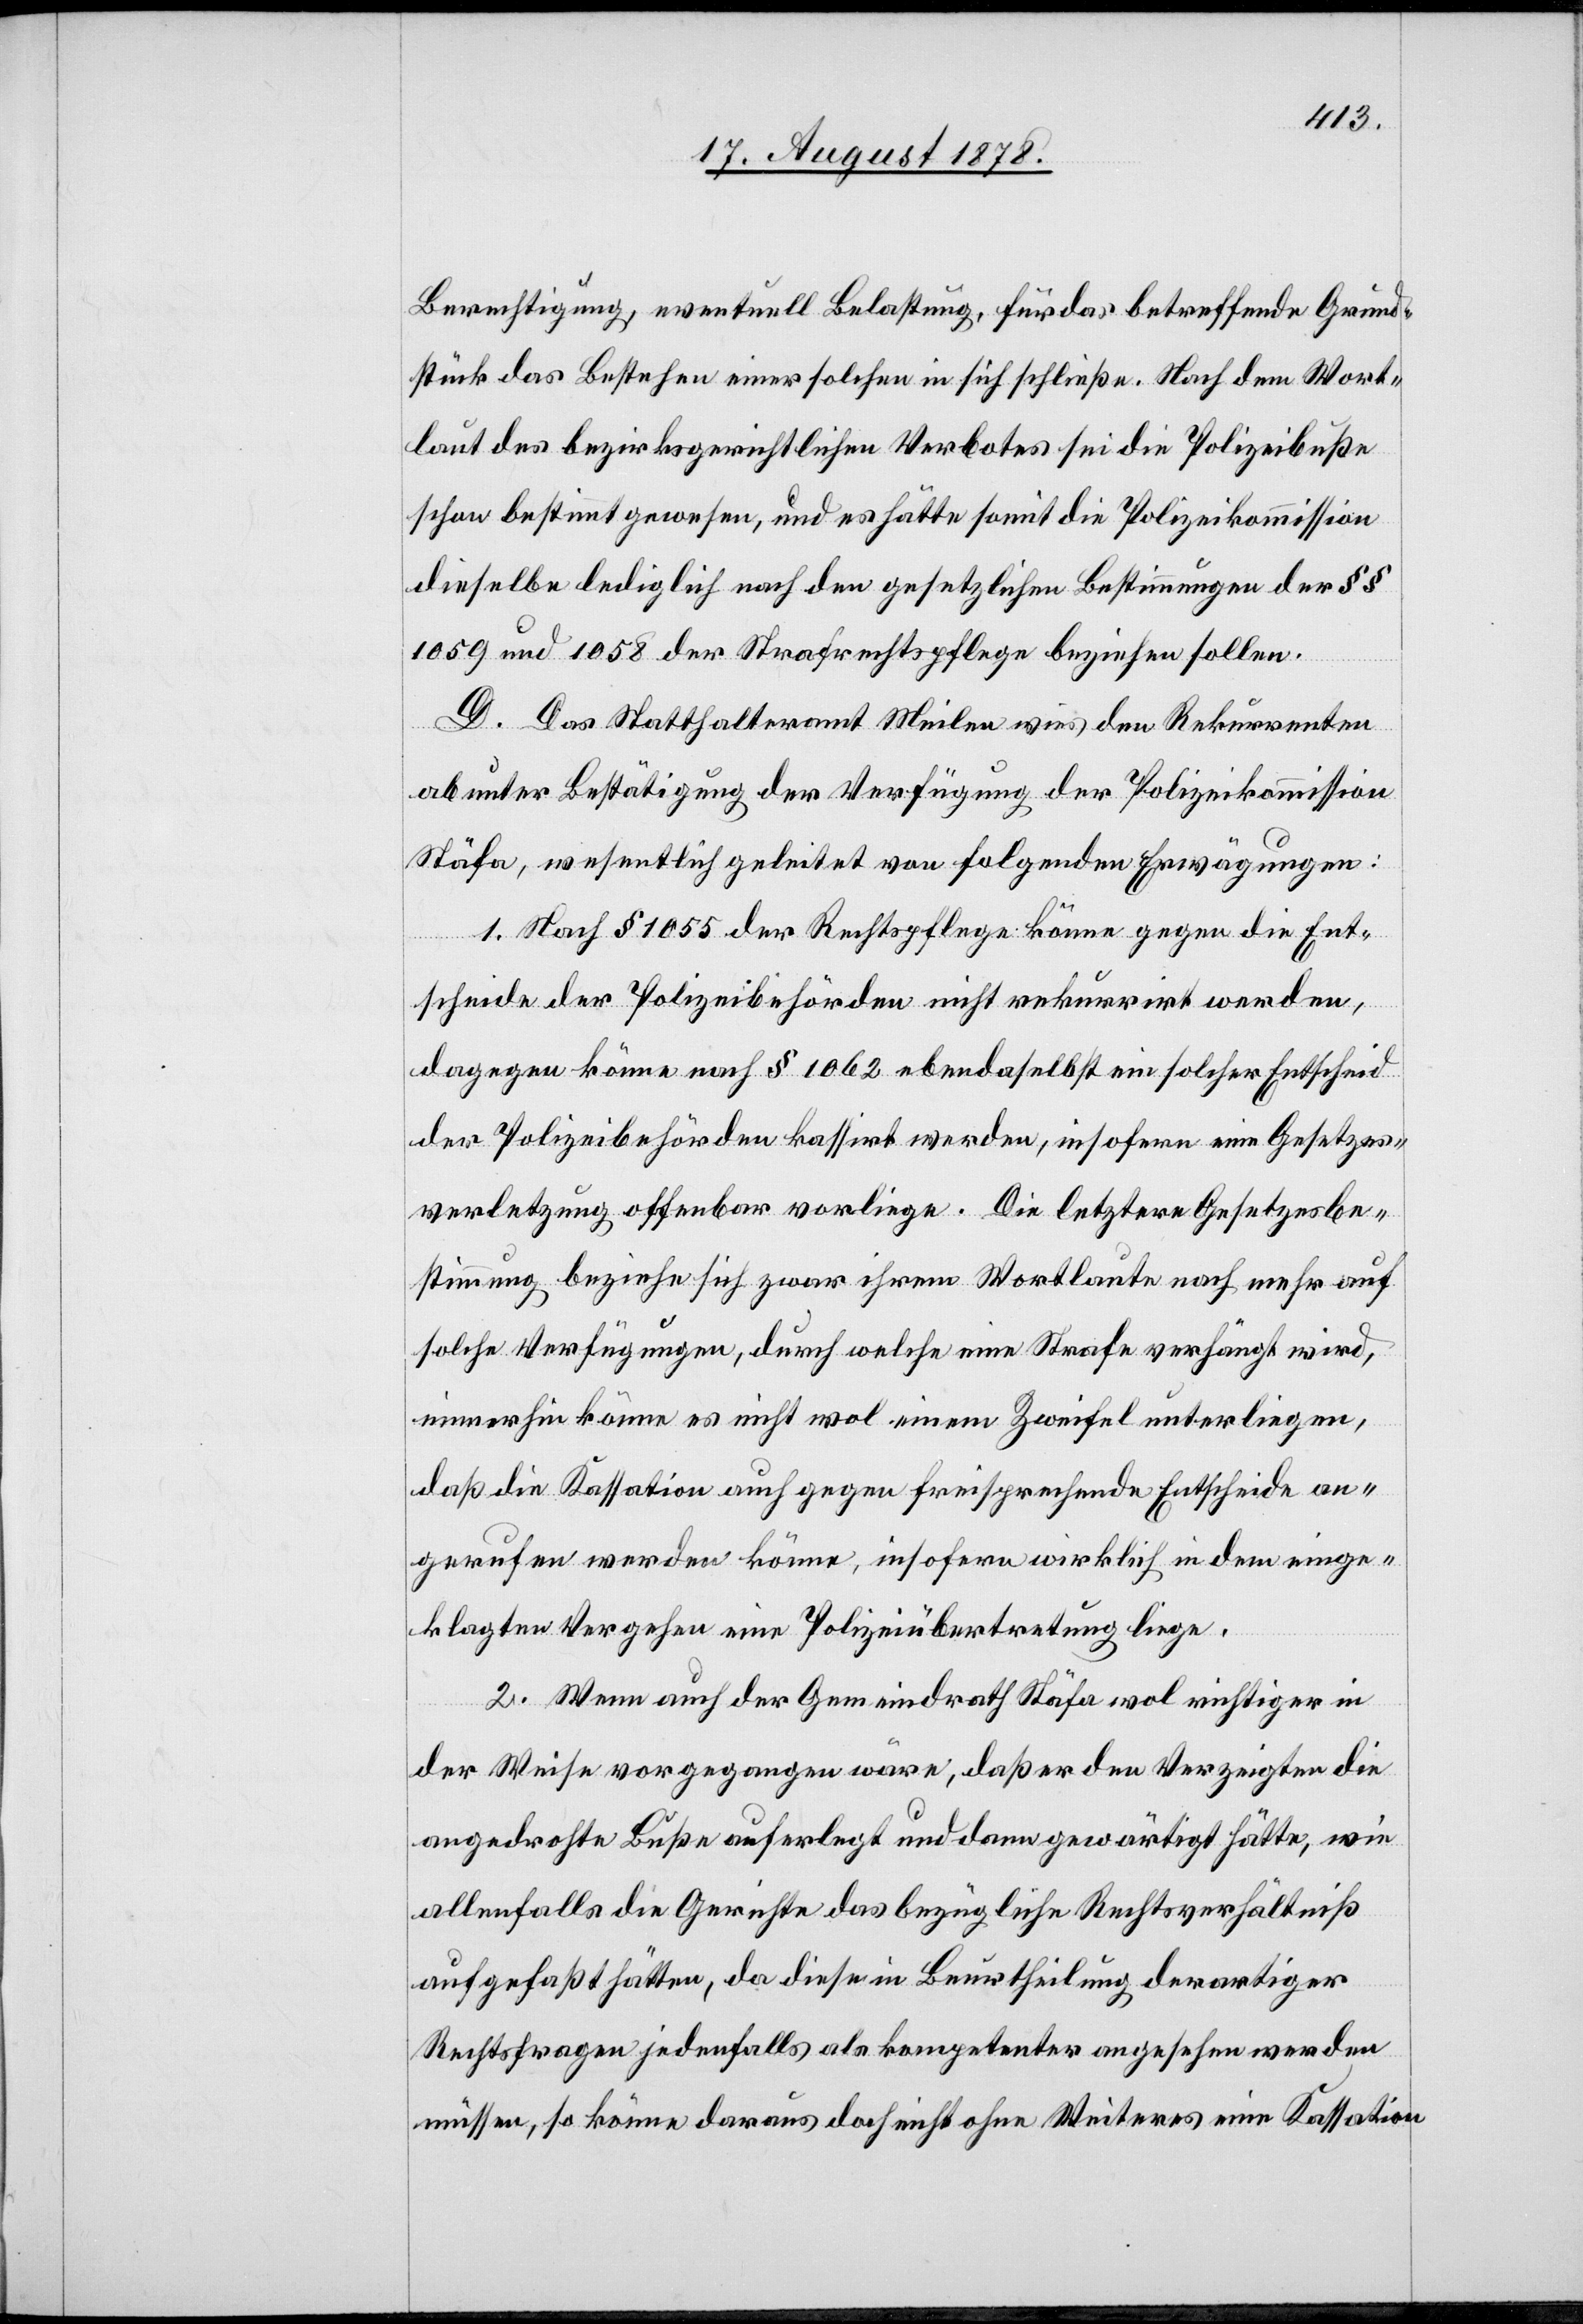
Berechtigung, eventuell Belastung, für das betreffende Grund¬
stück das Bestehen einer solchen in sich schließe. Nach dem Wort¬
laut des bezirksgerichtlichen Verbotes sei die Polizeibuße
schon bestimmt gewesen, und es hätte somit die Polizeikommission
dieselbe lediglich nach den gesetzlichen Bestimmungen der §§
1059 und 1058 der Strafrechtspflege beziehen sollen.
D. Das Statthalteramt Meilen wies den Rekurrenten
ab unter Bestätigung der Verfügung der Polizeikommission
Stäfa, wesentlich geleitet von folgenden Erwägungen:
1. Nach § 1055 der Rechtspflege könne gegen die Ent¬
scheide der Polizeibehörden nicht rekurrirt werden,
dagegen könne nach § 1062 ebendaselbst ein solcher Entscheid
der Polizeibehörden kassirt werden, insofern eine Gesetzes¬
verletzung offenbar vorliege. Die letztere Gesetzesbe¬
stimmung beziehe sich zwar ihrem Wortlaute nach mehr auf
solche Verfügungen, durch welche eine Strafe verhängt wird,
immerhin könne es nicht wol einem Zweifel unterliegen,
daß die Kassation auch gegen freisprechende Entscheide an¬
gerufen werden könne, insofern wirklich in dem einge¬
klagten Vergehen eine Polizeiübertretung liege.
2. Wenn auch der Gemeindrath Stäfa wol richtiger in
der Weise vorgegangen wäre, daß er den Verzeigten die
angedrohte Buße auferlegt und dann gewärtigt hätte, wie
allenfalls die Gerichte das bezügliche Rechtsverhältniß
aufgefaßt hätten, da diese in Beurtheilung derartiger
Rechtsfragen jedenfalls als kompetenter angesehen werden
müssen, so könne daraus doch nicht ohne Weiteres eine Kassation